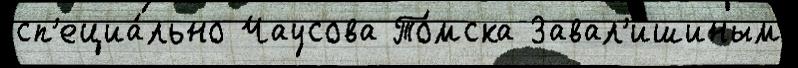
сп'ециа́льно Чаусова То́мска Завал'ишиным